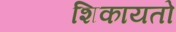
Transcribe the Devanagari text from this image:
शिकायतो